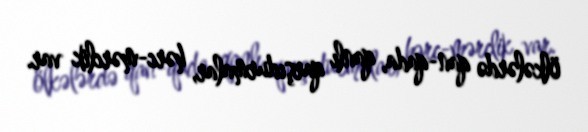
ölkələrdə qan-qada, qanlı qarşıdurmalar, hərc-mərclik var.